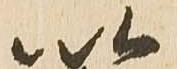
以